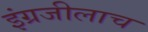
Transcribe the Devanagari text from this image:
इंग्रजीलाच